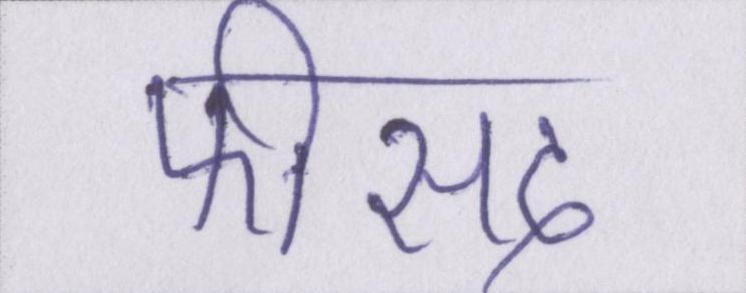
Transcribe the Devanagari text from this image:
फीसद